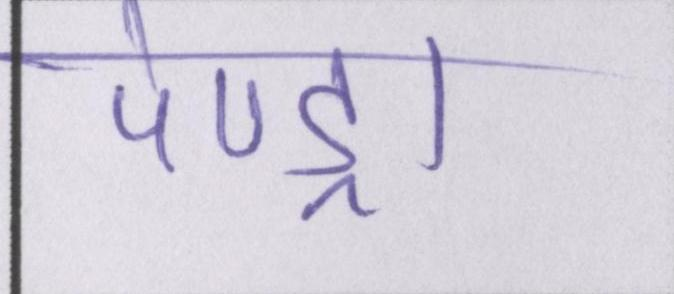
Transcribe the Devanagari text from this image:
पेण्ड्रा